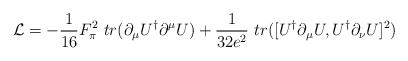
\begin{align*}{\cal{L}}=-\frac{1}{16} F_{\pi}^2 ~tr(\partial_\mu U^{\dag} \partial^{\mu} U) + \frac{1}{32e^2}~tr([U^{\dag} \partial_{\mu} U,U^{\dag} \partial_{\nu} U]^2) \end{align*}